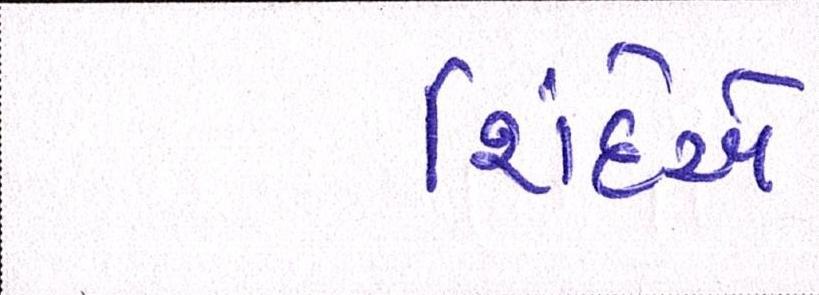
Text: શિંદેએ